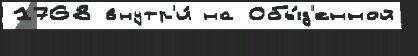
1768 внутр'и́ на Обы́д'енной